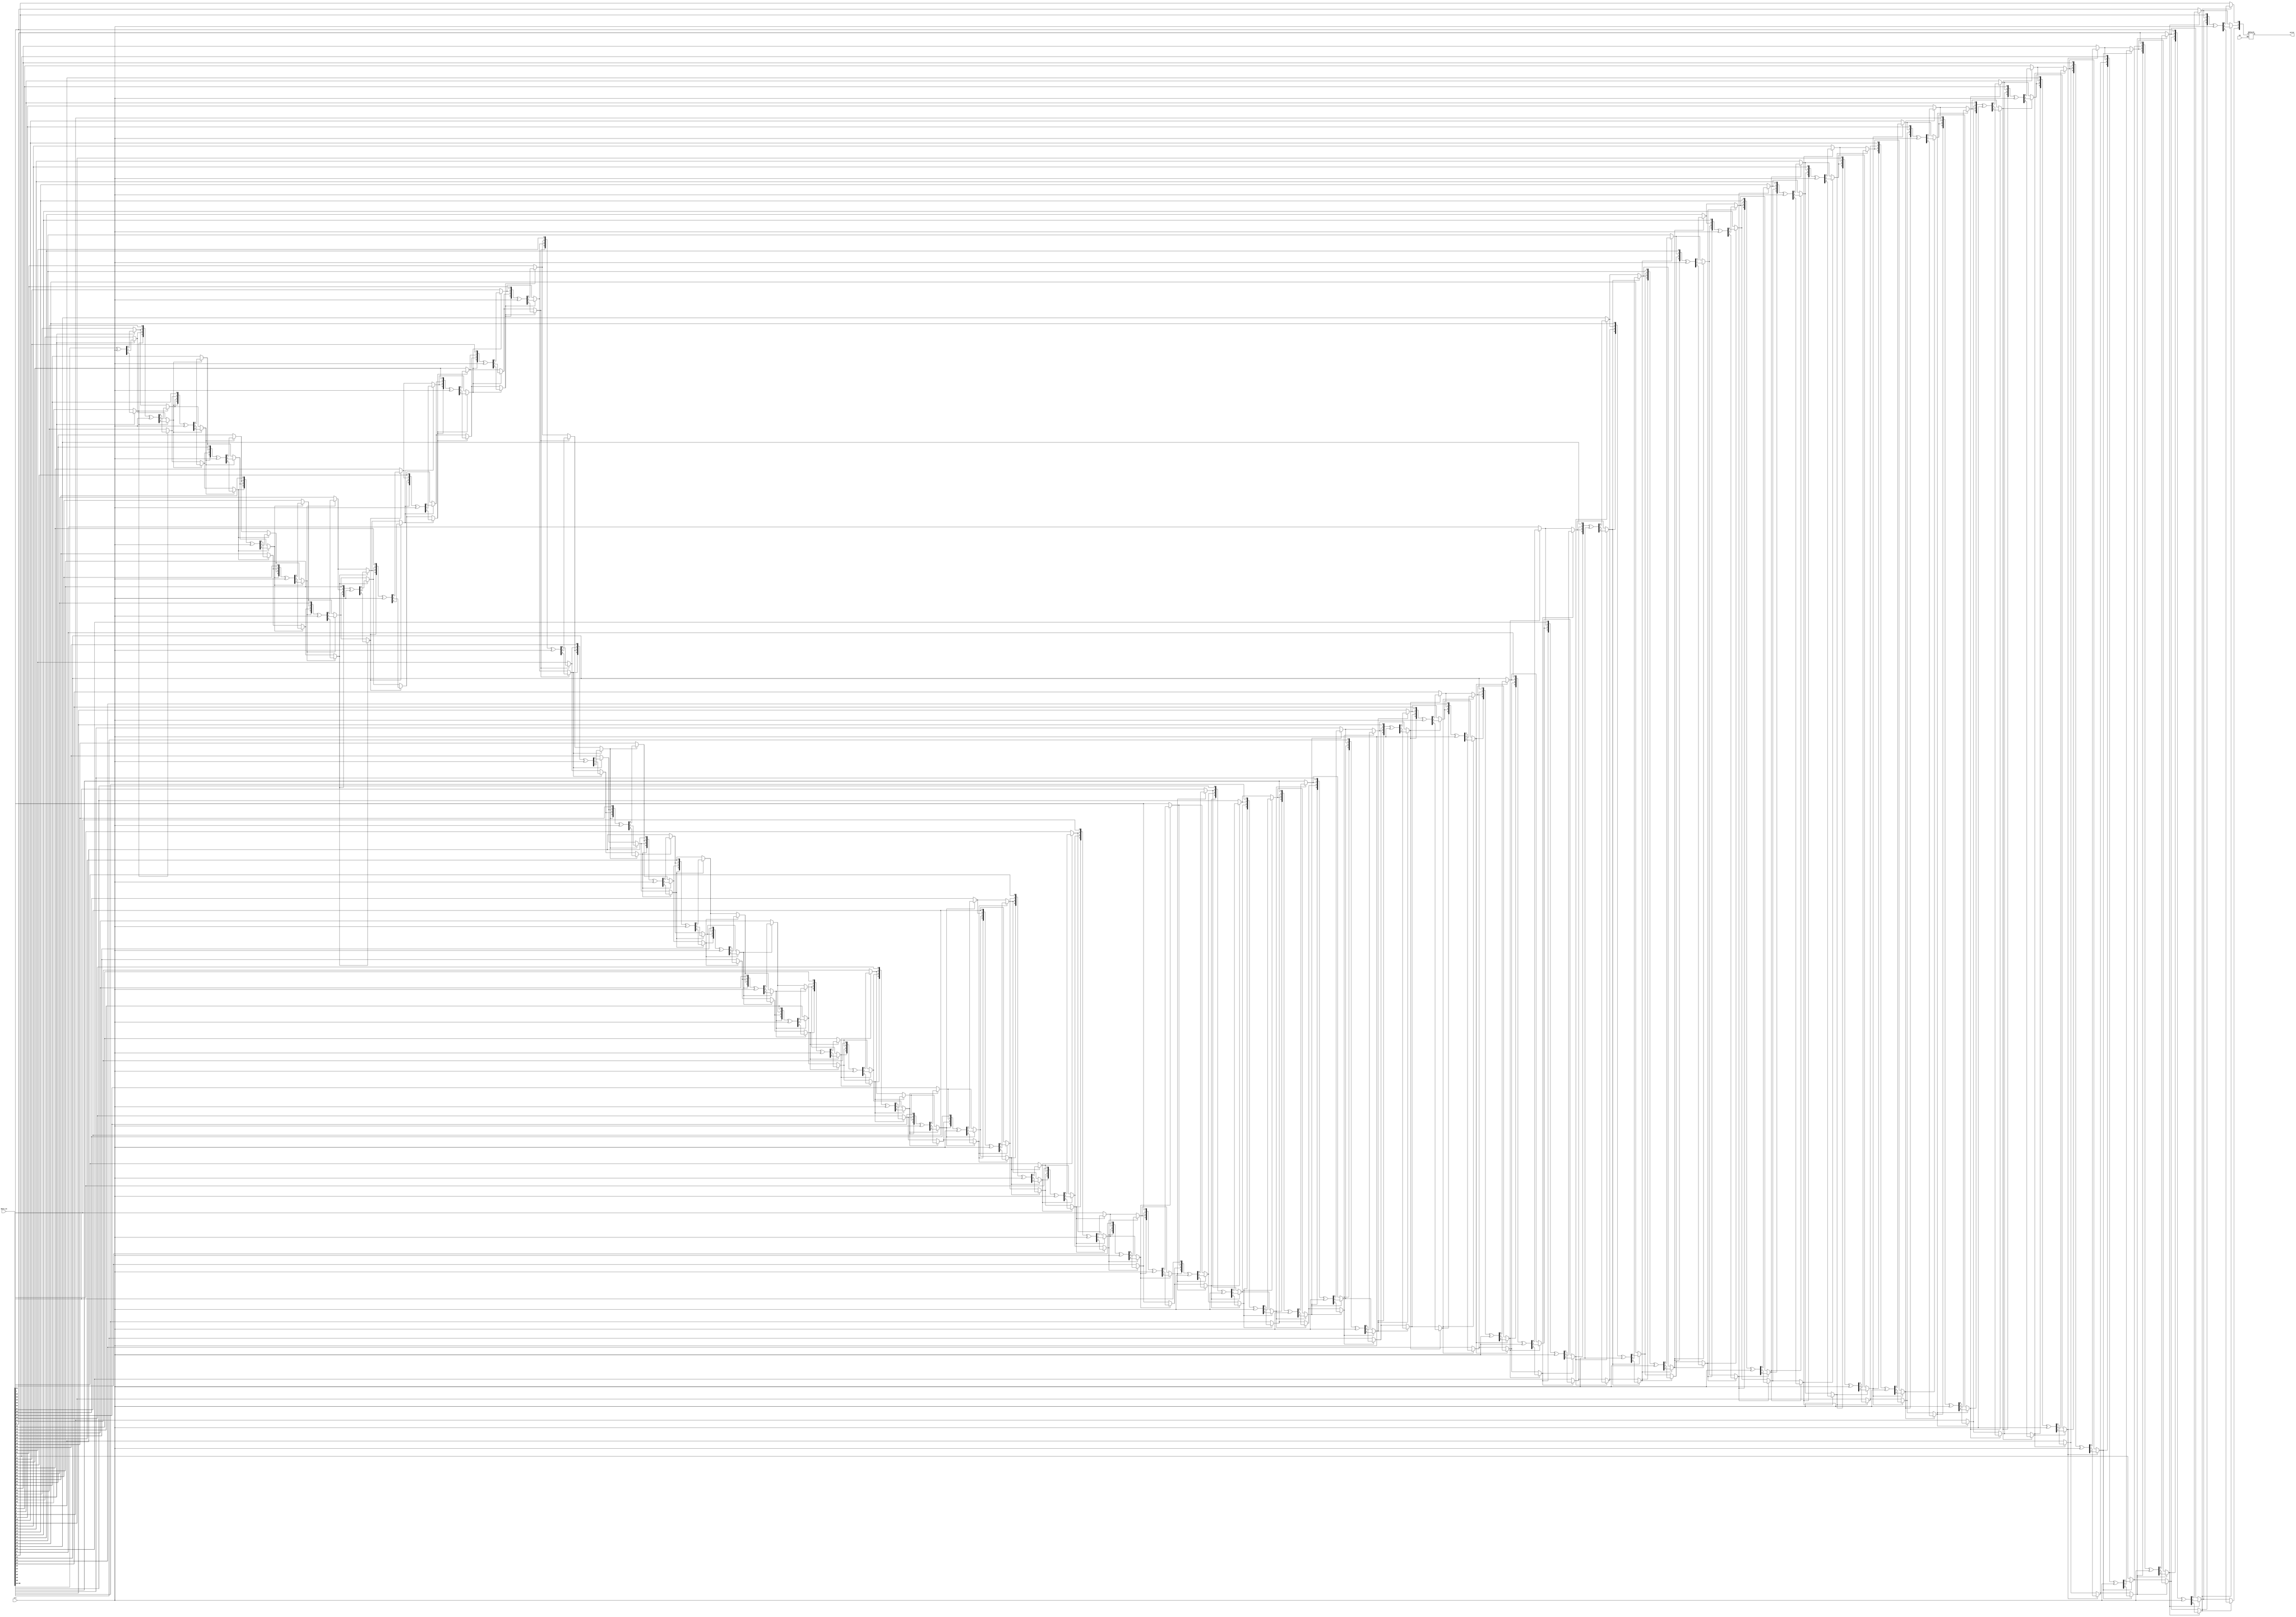
module crc(
		input [66:0]data_in,
		input [3:0]crc,
		input en,
		output [2:0]error
    );
	 
	 integer i;
	 reg [66:0]temp;
	 reg [3:0]temp2;
	 
	 always@(*)
	 begin
		if(en)
		begin
			temp = data_in;
			for(i = 66; i>2; i = i-1)
			begin
				if(temp[i])
				begin
					temp2[3] = temp[i];
					temp2[2] = temp[i-1];
					temp2[1] = temp[i-2];
					temp2[0] = temp[i-3];
					temp2 = temp2 ^ crc;
					temp[i] = temp2[3];
					temp[i-1] = temp2[2];
					temp[i-2] = temp2[1];
					temp[i-3] = temp2[0];
				end
			end
		end
	 end
	 
	 assign error = temp[2:0];

endmodule